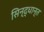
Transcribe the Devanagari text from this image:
सिन्द्धान्त